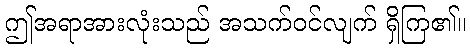
ဤအရာအားလုံးသည် အသက်ဝင်လျက် ရှိကြ၏။